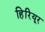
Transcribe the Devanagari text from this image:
हिरियूर